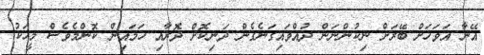
އޭނާ އަވަހަށް ބޭރަށް ނިކުންނަން ދުއްވައިގަނެގެން ދަނިކޮށް ދޮރާއި ހަމައިން ކޮންމެވެސް މީހަކު